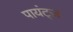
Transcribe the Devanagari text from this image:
पायंट्ज़